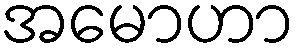
အမောဟာ